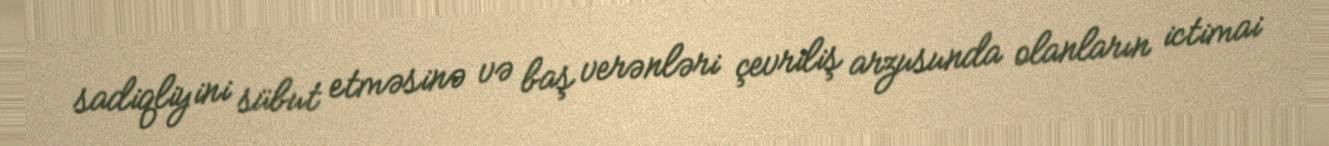
sadiqliyini sübut etməsinə və baş verənləri çevriliş arzusunda olanların ictimai